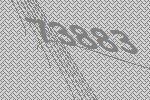
73883